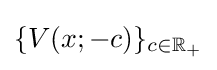
\{V(x;-c)\}_{c\in \mathbb {R} _{+}}